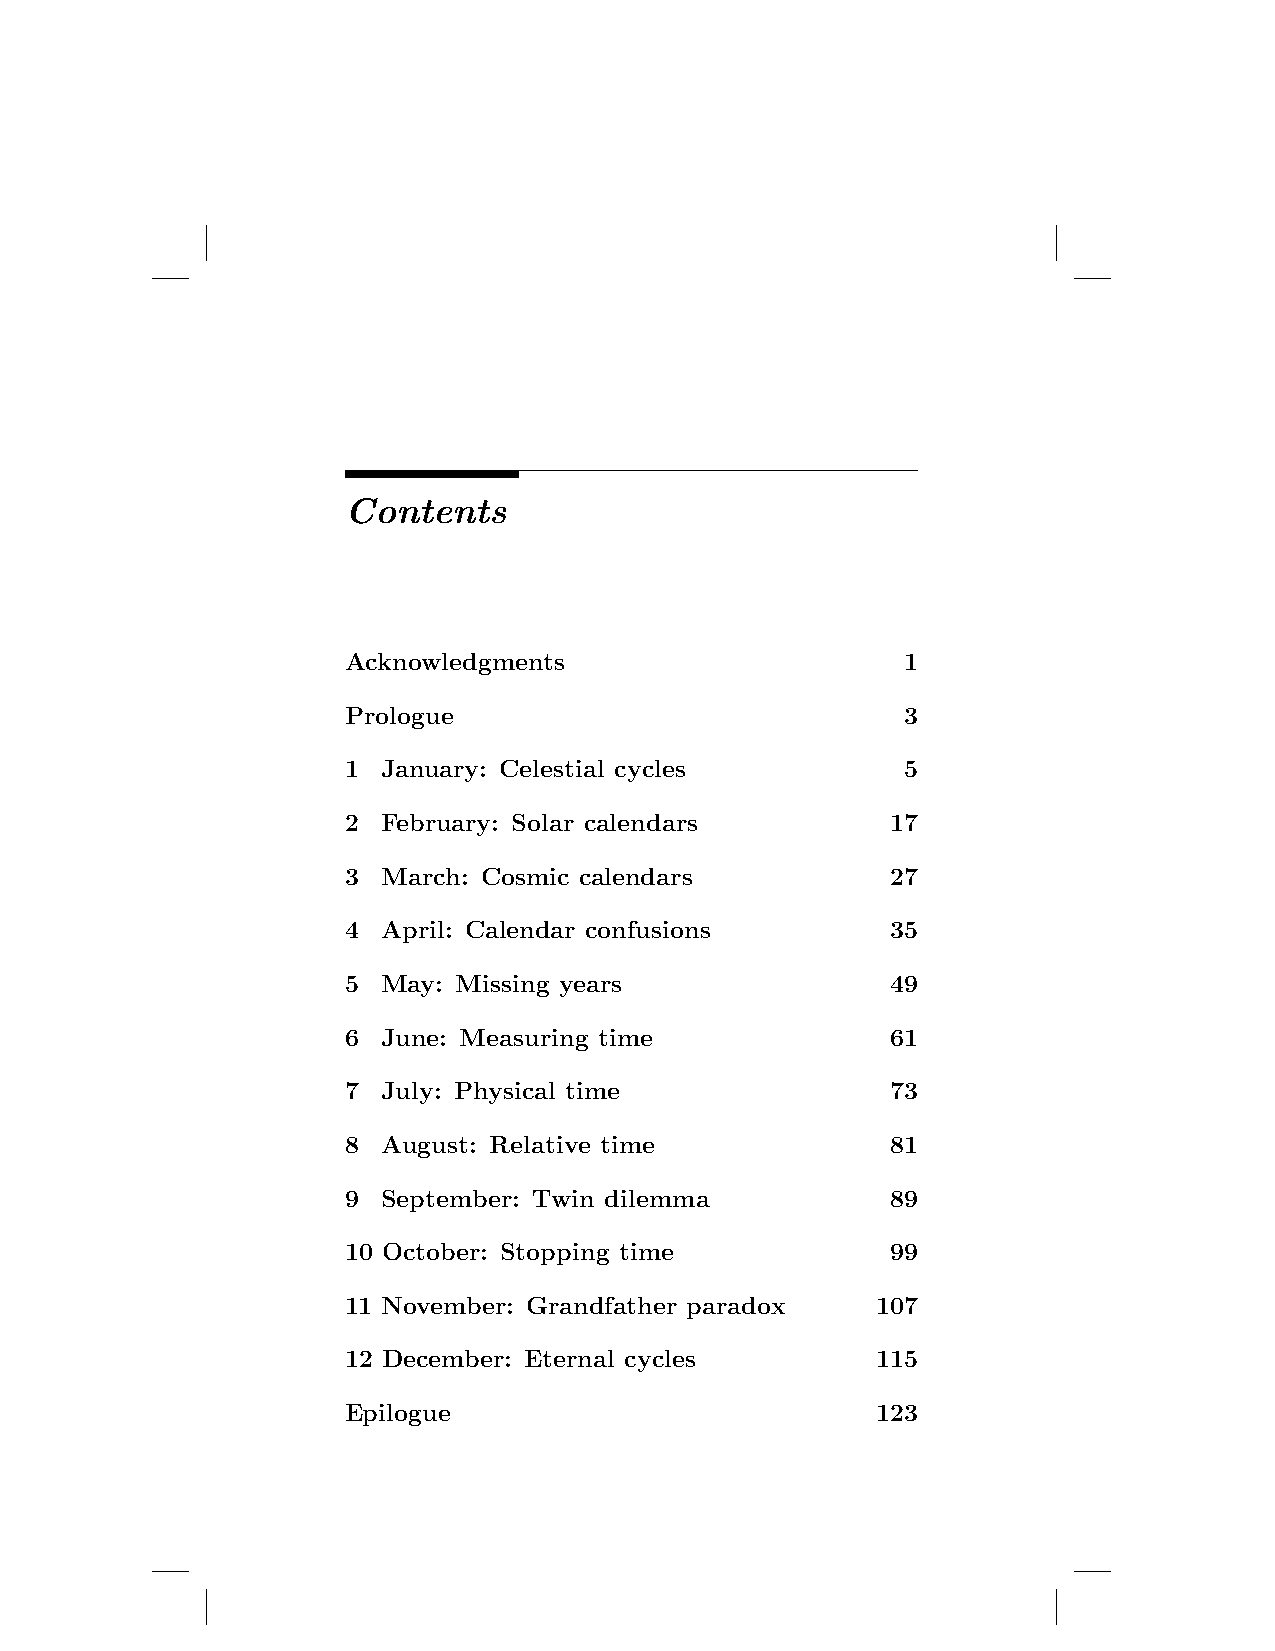
Contents
 Acknowledgments                      1
 Prologue                             3
 1 January: Celestial cycles          5
 2 February: Solar calendars         17
 3 March: Cosmic calendars           27
 4 April: Calendar confusions        35
 5 May: Missing years                49
 6 June: Measuring time              61
 7 July: Physical time               73
 8 August: Relative time             81
 9 September: Twin dilemma           89
 10 October: Stopping time           99
 11 November: Grandfather paradox   107
 12 December: Eternal cycles        115
 Epilogue                           123